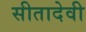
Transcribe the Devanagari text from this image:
सीतादेवी